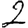
Digit: 2